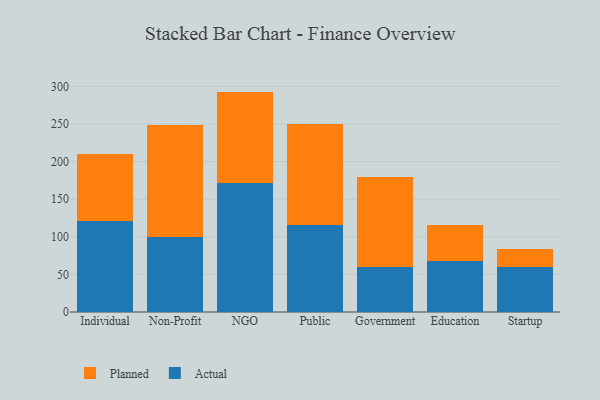
{"axis": {"x": "Segment", "y": "LTV (USD)"}, "legend": ["Actual", "Planned"], "data": [{"x": "Individual", "y": 120.5, "type": "Actual"}, {"x": "Individual", "y": 89.0, "type": "Planned"}, {"x": "Non-Profit", "y": 99.1, "type": "Actual"}, {"x": "Non-Profit", "y": 149.3, "type": "Planned"}, {"x": "NGO", "y": 171.9, "type": "Actual"}, {"x": "NGO", "y": 121.1, "type": "Planned"}, {"x": "Public", "y": 115.2, "type": "Actual"}, {"x": "Public", "y": 135.2, "type": "Planned"}, {"x": "Government", "y": 59.4, "type": "Actual"}, {"x": "Government", "y": 119.5, "type": "Planned"}, {"x": "Education", "y": 67.2, "type": "Actual"}, {"x": "Education", "y": 47.8, "type": "Planned"}, {"x": "Startup", "y": 60.2, "type": "Actual"}, {"x": "Startup", "y": 23.8, "type": "Planned"}]}